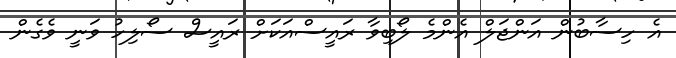
އެ ހިސާބުން އަންޖަލް އެންމެ ލޯބިވާ ރައީސްއަކަށް ރައީސް ސޯލިހު ވަނީ ވެގެން